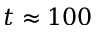
t \approx 1 0 0